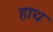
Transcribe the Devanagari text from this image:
हाध